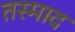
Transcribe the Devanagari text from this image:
तस्माद